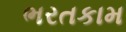
ભરતકામ